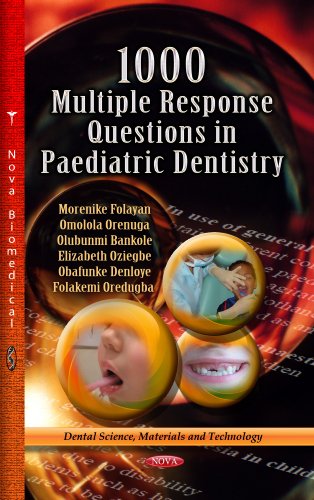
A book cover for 1000 Multiple Response Questions in Paediatric Dentistry (Dental Science, Materials and Technology); Medical Books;